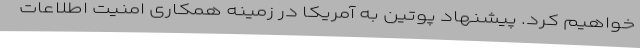
خواهیم کرد. پیشنهاد پوتین به آمریکا در زمینه همکاری امنیت اطلاعات